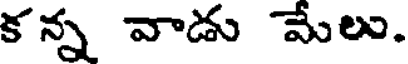
క న్న వాడు మేలు.